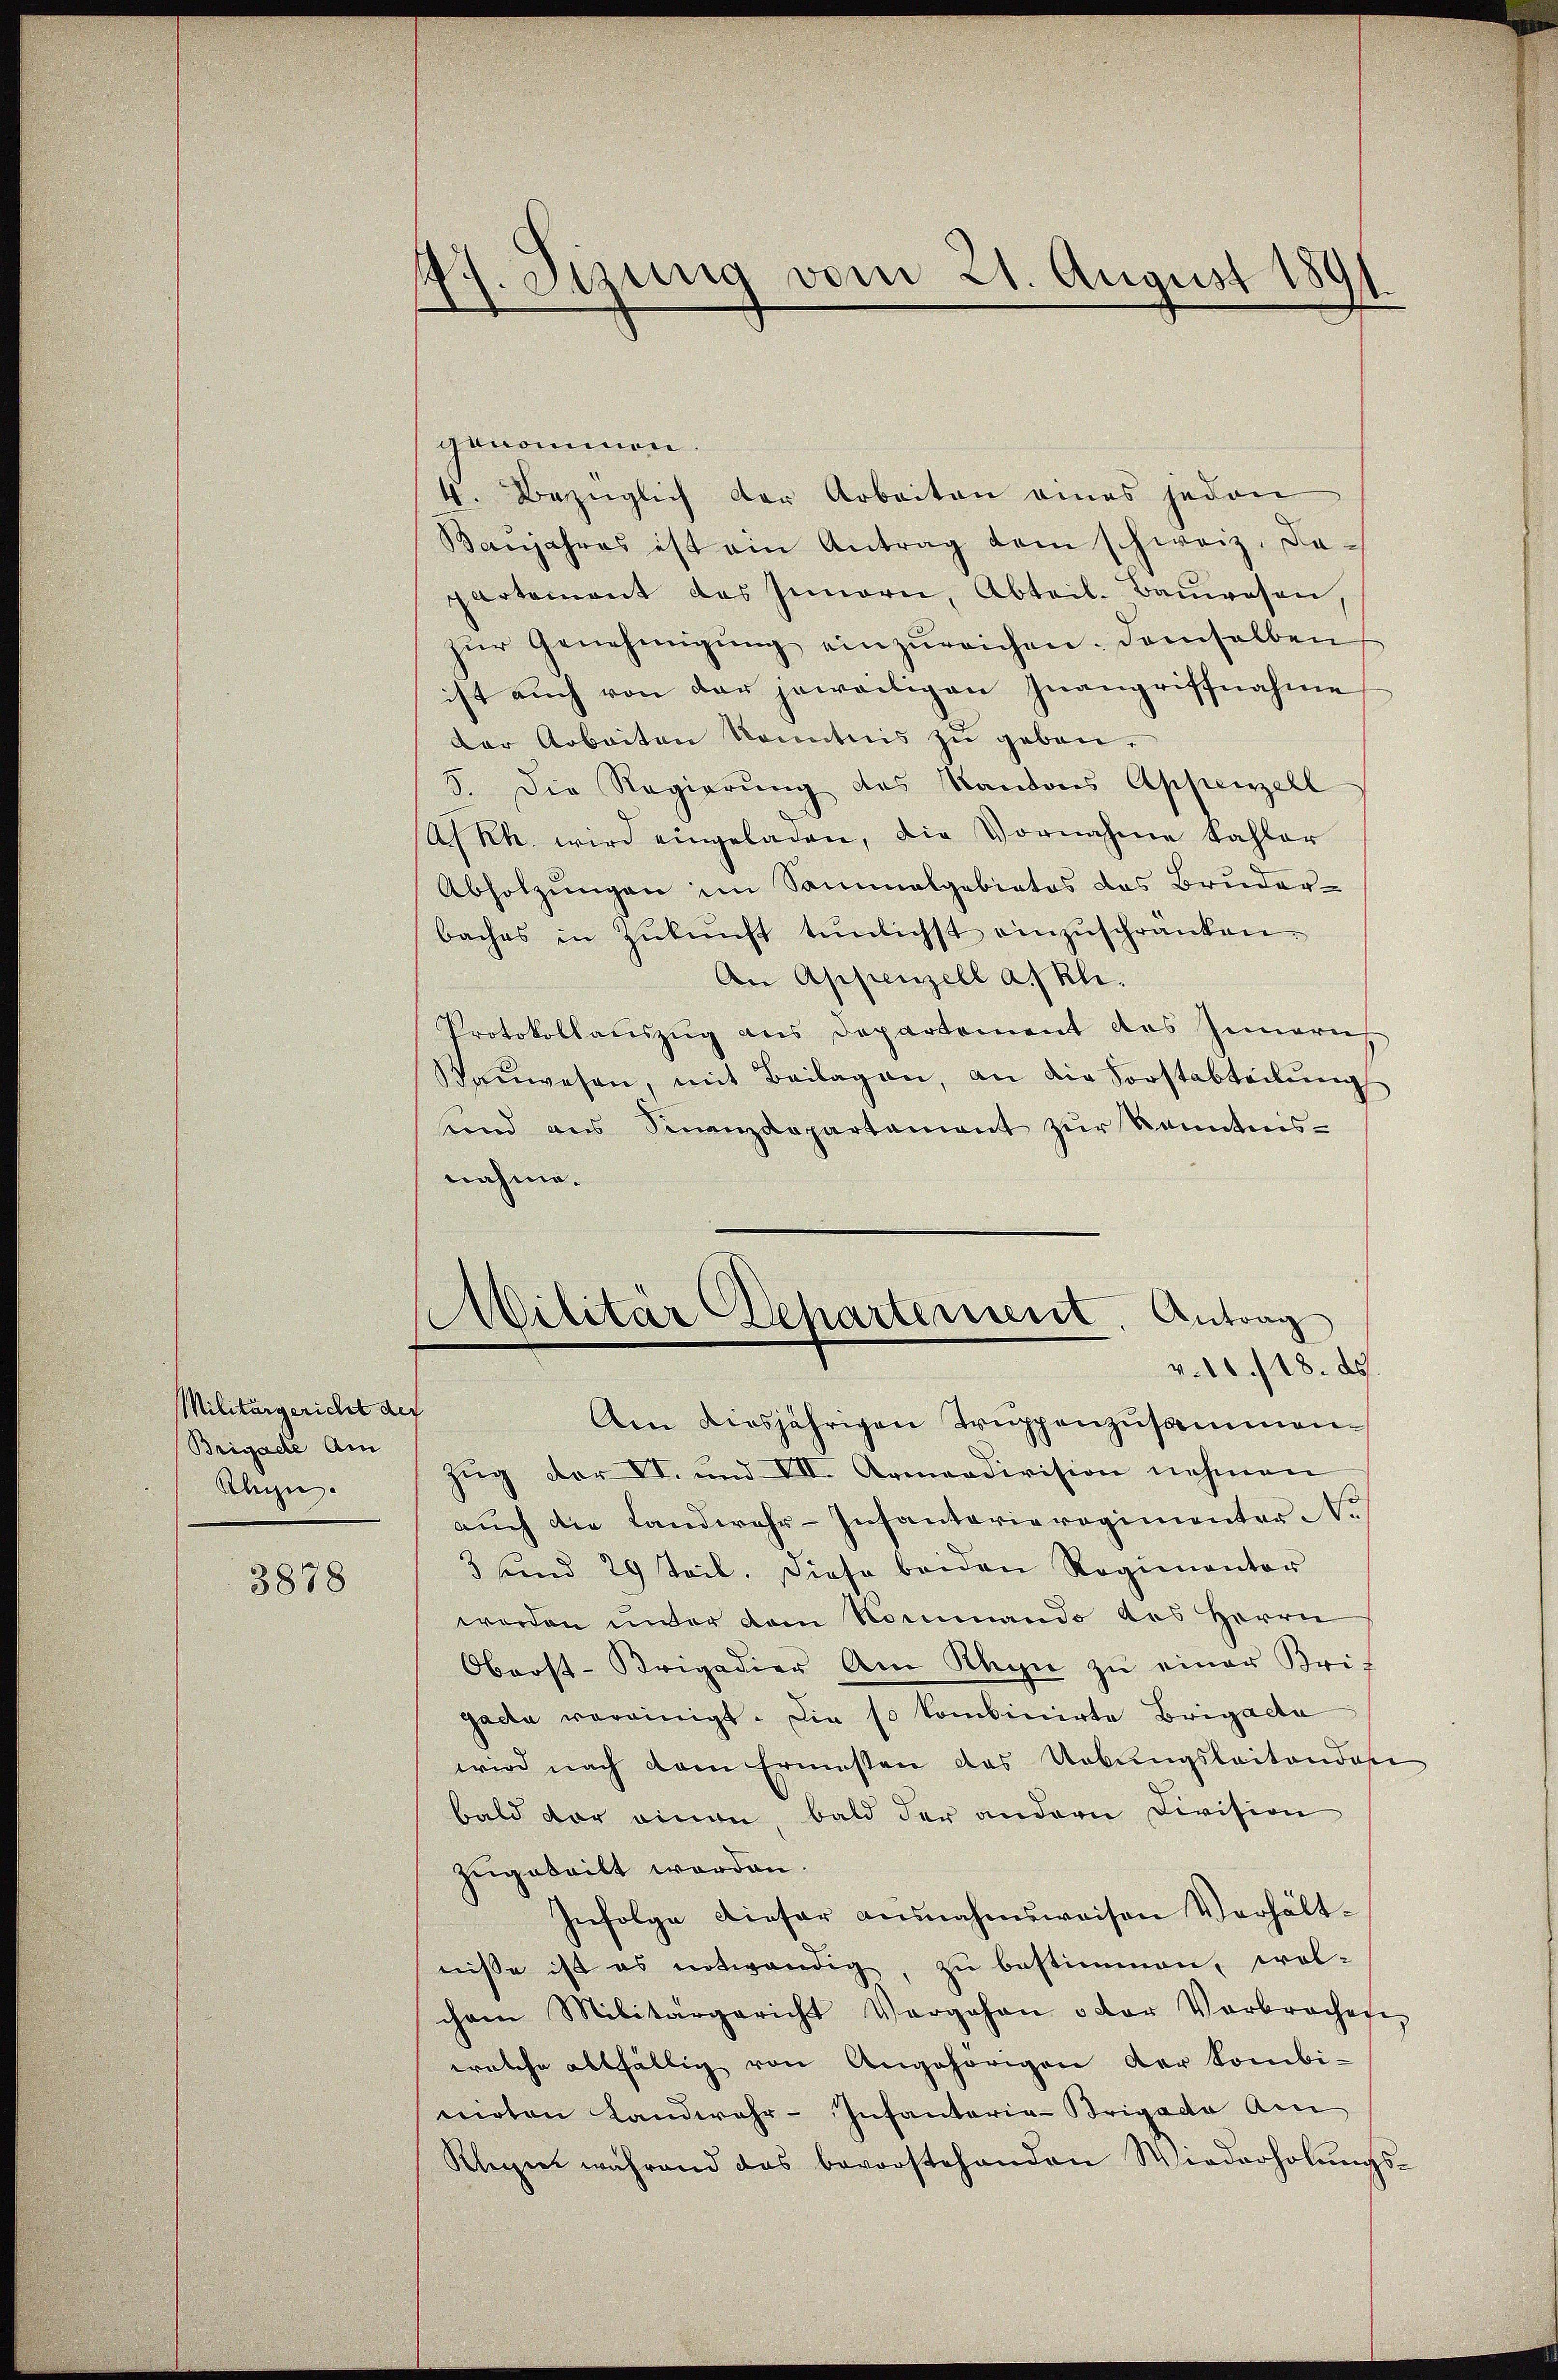
Militärgericht der
Brigade Am
Klein.

3878

1. Sizung vom 21. August 1891.

genommen.
4. Bezüglich der Arbeiten eines jeden
Baŭjahres ist ein Antrag dem schweiz. Da-
partement des Innern, Abteil. Baŭwesen,
zŭr Genehmigŭng einzŭreichen. Demselben
ist auch von der jeweiligen Inangriffnahme
der Arbeiten konntnis zu geben.
3. Die Regierung des Kantons Appenzell
(A/Rh. wird eingeladen, die Vornahme kahler
Abholzungen im Sammelgebietes des Bruderbaches in Zŭkŭnft tünlichst einzŭschränken.
An Appenzell a. Rli.
Protokollauszug aus Departement des Inneris
Baŭwesen, mit Beilagen, an die Forstabteilŭng
und aus Finanzdepartament zŭr Kenntnis-
nahme.

Militär Departement. Antrag
v. 18./18. ds.

Am diesjährigen Truppenzusammen¬
Zug der II. und VII. Armendivision nehmen
auch die Landwehr-Infantarieregimenter No
3 und 29 Teil. Diese beiden Regimentor
worden unter dem Nommando des Herrn
Oberst-Krigadier am Rhyn zŭ einer Krif
gacta vereinigt. Die so kombinirte Brigade
wird nach dem Ermessen des Uebungsleitendase
bald der einen bald der andern Division
zugeteilt worden.
Infolge dieser ausnahmsweisen Verhältnisse ist es notwendig, zu bestimmen, wel-
chem Militärgericht Vorgehen oder Verbrochen
welche allfällig von Angehörigen der kombi-
nirten Landwehr-Infanteria-Brigacta Am
Klezen während das bevorstehenden Wiederholŭngs-